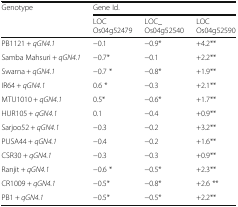
<table><thead><tr><td rowspan="2"><b>Genotype</b></td><td colspan="3"><b>Gene Id.</b></td></tr><tr><td><b>LOCOs04g52479</b></td><td><b>LOC_Os04g52540</b></td><td><b>LOCOs04g52590</b></td></tr></thead><tbody><tr><td>PB1121 + <i>qGN4.1</i></td><td>−0.1</td><td>−0.9*</td><td>+4.2**</td></tr><tr><td>Samba Mahsuri + <i>qGN4.1</i></td><td>−0.7*</td><td>−0.1</td><td>+2.2**</td></tr><tr><td>Swarna + <i>qGN4.1</i></td><td>−0.7 *</td><td>−0.8*</td><td>+1.9**</td></tr><tr><td>IR64 + <i>qGN4.1</i></td><td>0.6 *</td><td>−0.3</td><td>+2.1**</td></tr><tr><td>MTU1010 + <i>qGN4.1</i></td><td>0.5*</td><td>−0.6*</td><td>+1.7**</td></tr><tr><td>HUR105 + <i>qGN4.1</i></td><td>0.1</td><td>−0.4</td><td>+0.9**</td></tr><tr><td>Sarjoo52 + <i>qGN4.1</i></td><td>−0.3</td><td>−0.2</td><td>+3.2**</td></tr><tr><td>PUSA44 + <i>qGN4.1</i></td><td>−0.4</td><td>−0.2</td><td>+1.6**</td></tr><tr><td>CSR30 + <i>qGN4.1</i></td><td>−0.3</td><td>−0.3</td><td>+0.9**</td></tr><tr><td>Ranjit + <i>qGN4.1</i></td><td>−0.6 *</td><td>−0.5*</td><td>+2.3**</td></tr><tr><td>CR1009 + <i>qGN4.1</i></td><td>−0.5*</td><td>−0.8*</td><td>+2.6 **</td></tr><tr><td>PB1 + <i>qGN4.1</i></td><td>−0.5*</td><td>−0.5*</td><td>+2.2**</td></tr></tbody></table>